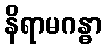
နိရာမဂန္ဓာ